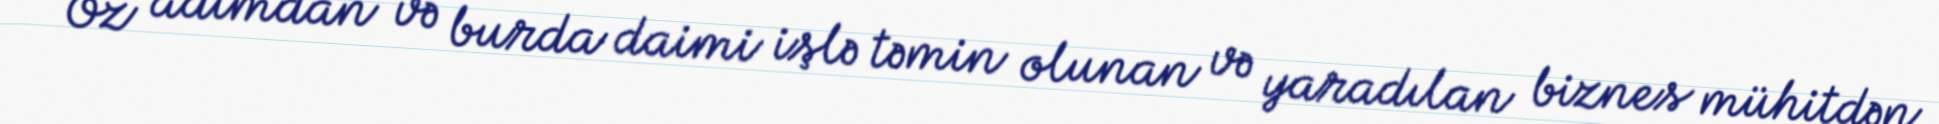
Öz adımdan və burda daimi işlə təmin olunan və yaradılan biznes mühitdən